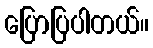
ပြောပြပါတယ်။